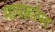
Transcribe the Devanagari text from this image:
मायक्राॅफ्ट